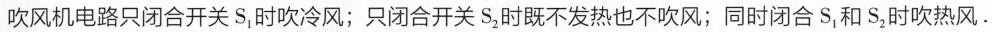
吹风机电路只闭合开关S_{1}时吹冷风；只闭合开关S_{2}时既不发热也不吹风；同时闭合S_{1}和S_{2}时吹热风。